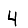
Digit: 4